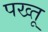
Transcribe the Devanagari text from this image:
पख्तू